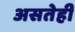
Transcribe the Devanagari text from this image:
असतेही